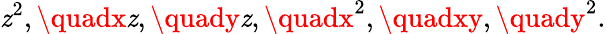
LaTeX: \mathit{z}^{2},\quadx\mathit{z},\quady\mathit{z},\quadx^{2},\quadxy,\quady^{2}.